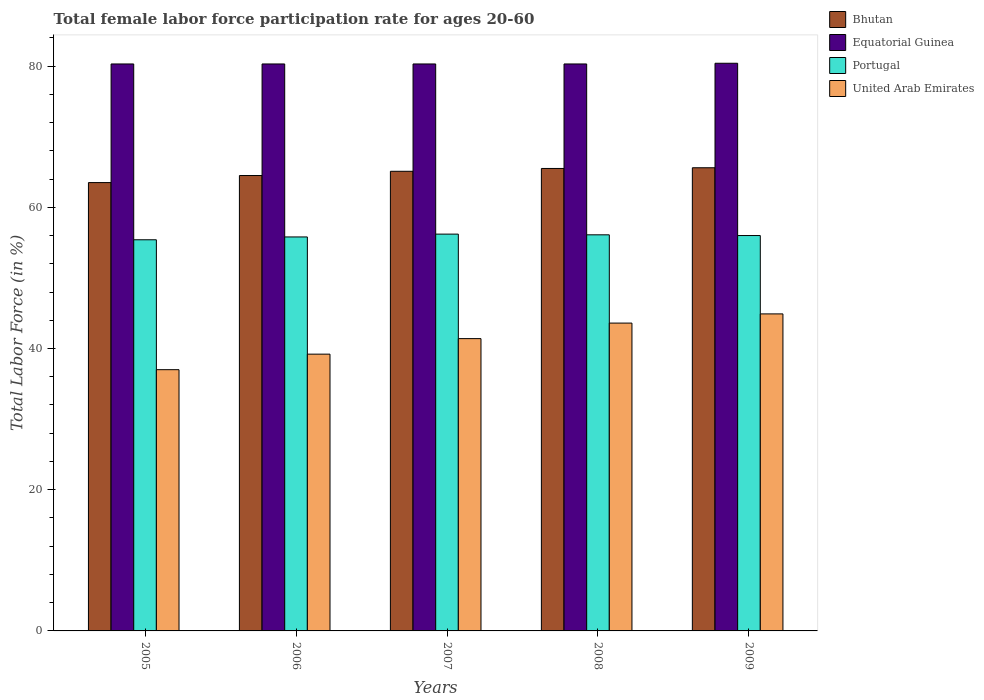
| Years | Bhutan | Equatorial Guinea | Portugal | United Arab Emirates |
 | --- | --- | --- | --- | --- |
 | 2005 | 63.5 | 80.3 | 55.4 | 37 |
 | 2006 | 64.5 | 80.3 | 55.8 | 39.2 |
 | 2007 | 65.1 | 80.3 | 56.2 | 41.4 |
 | 2008 | 65.5 | 80.3 | 56.1 | 43.6 |
 | 2009 | 65.6 | 80.4 | 56 | 44.9 |